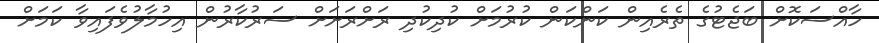
ހާއްސަކޮށް ބަޖެޓުގެ ތެރެއިން ކަންކަން ކުރުމަށް ކުދިކުދި ރަށްރަށަށް ސަރުކާރުން އިހުމާލުވެފައިވާ ކަމަށް